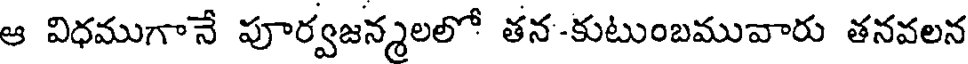
ఆ విధముగానే పూర్వజన్మలలో తన-కుటుంబమువారు తనవలన